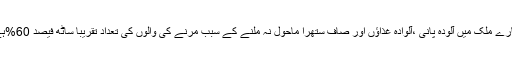
ہمارے ملک میں آلودہ پانی ،آلوادہ غذاؤں اور صاف ستھرا ماحول نہ ملنے کے سبب مرنے کی والوں کی تعداد تقریباً ساٹھ فیصد 60%ہے۔